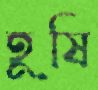
হূষি